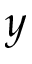
y